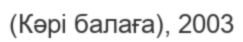
(Кәрі балаға), 2003